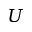
U